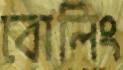
বোলিং